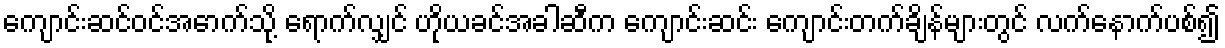
ကျောင်းဆင်ဝင်အောက်သို့ ရောက်လျှင် ဟိုယခင်အခါဆီက ကျောင်းဆင်း ကျောင်းတက်ချိန်များတွင် လက်နောက်ပစ်၍